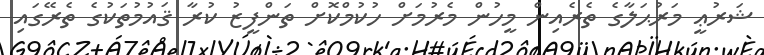
ޝަރުޢީ މަރުޙަލާގެ ތެރެއިން މީހުން މެރުމަށް ހުކުމްކޮށް ތަންފީޒު ކުރާ ޤައުމުތަކުގެ ތެރޭގައި